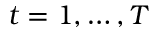
t = 1 , \dots , T